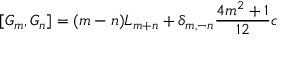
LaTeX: [ G _ { m } , G _ { n } ] = ( m - n ) L _ { m + n } + \delta _ { m , - n } { \frac { 4 m ^ { 2 } + 1 } { 1 2 } } c